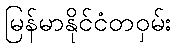
မြန်မာနိုင်ငံတဝှမ်း